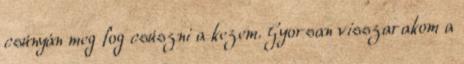
csúnyán meg fog csúszni a kezem. Gyorsan visszarakom a